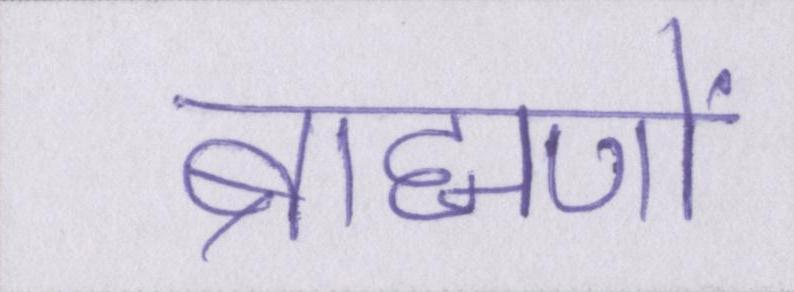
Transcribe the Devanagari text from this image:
ब्राह्मणों